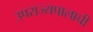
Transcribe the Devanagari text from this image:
उपराज्यपालाची